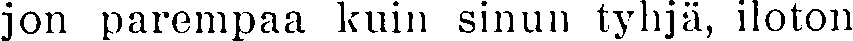
jon parempaa kuin sinun tyhjä, iloton